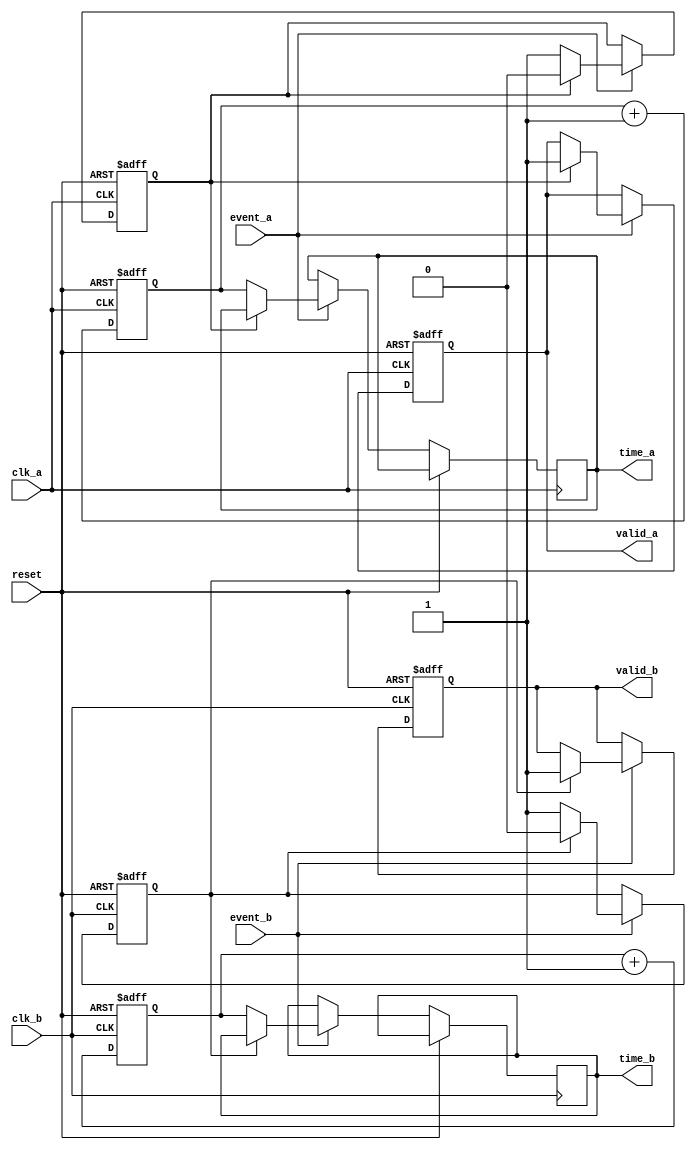
module TDC (
    input wire clk_a,          // Clock domain A
    input wire clk_b,          // Clock domain B
    input wire reset,          // Asynchronous reset
    input wire event_a,        // Event input for domain A
    input wire event_b,        // Event input for domain B
    output reg [31:0] time_a,  // Time measurement for event A
    output reg [31:0] time_b,  // Time measurement for event B
    output reg valid_a,        // Valid signal for event A
    output reg valid_b         // Valid signal for event B
);

    // Time Measurement Unit (TMU)
    reg [31:0] counter_a;      // Time counter for domain A
    reg [31:0] counter_b;      // Time counter for domain B
    reg capturing_a;           // State for capturing event A
    reg capturing_b;           // State for capturing event B

    // Memory Management
    reg [31:0] memory_a [0:255]; // Memory block for domain A
    reg [31:0] memory_b [0:255]; // Memory block for domain B
    reg [7:0] write_pointer_a;   // Write pointer for memory A
    reg [7:0] write_pointer_b;   // Write pointer for memory B

    // Control Logic
    always @(posedge clk_a or posedge reset) begin
        if (reset) begin
            counter_a <= 32'b0;
            capturing_a <= 1'b0;
            valid_a <= 1'b0;
            write_pointer_a <= 8'b0;
        end else begin
            counter_a <= counter_a + 1; // Increment counter
            if (event_a) begin
                if (!capturing_a) begin
                    capturing_a <= 1'b1; // Start capturing
                    time_a <= counter_a; // Capture start time
                end else begin
                    capturing_a <= 1'b0; // Stop capturing
                    memory_a[write_pointer_a] <= counter_a - time_a; // Store time difference
                    valid_a <= 1'b1; // Indicate valid measurement
                    write_pointer_a <= write_pointer_a + 1; // Increment write pointer
                end
            end
        end
    end

    always @(posedge clk_b or posedge reset) begin
        if (reset) begin
            counter_b <= 32'b0;
            capturing_b <= 1'b0;
            valid_b <= 1'b0;
            write_pointer_b <= 8'b0;
        end else begin
            counter_b <= counter_b + 1; // Increment counter
            if (event_b) begin
                if (!capturing_b) begin
                    capturing_b <= 1'b1; // Start capturing
                    time_b <= counter_b; // Capture start time
                end else begin
                    capturing_b <= 1'b0; // Stop capturing
                    memory_b[write_pointer_b] <= counter_b - time_b; // Store time difference
                    valid_b <= 1'b1; // Indicate valid measurement
                    write_pointer_b <= write_pointer_b + 1; // Increment write pointer
                end
            end
        end
    end

endmodule